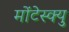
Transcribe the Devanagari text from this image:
मोंटेस्क्यु